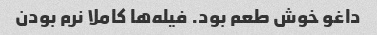
داغو خوش طعم بود. فیله‌ها کاملا نرم بودن